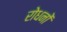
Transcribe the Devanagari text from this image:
रोधनों